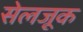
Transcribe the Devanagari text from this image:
सेलजूक